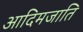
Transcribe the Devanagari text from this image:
आदिमजाति